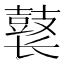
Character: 𱌊